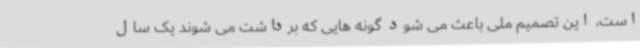
است، این تصمیم ملی باعث می شود گونه هایی که برداشت می شوند یک سال